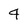
Character: 4